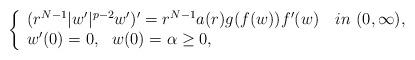
LaTeX: \begin{align*} \left\{ \begin{array}{l} (r^{N-1}|w'|^{p-2}w')'=r^{N-1}a(r)g(f(w))f'(w)\ \ \ in \ (0,\infty),\\w'(0)=0,\ \ w(0)=\alpha\geq 0,\end{array}\right.\end{align*}